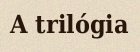
A trilógia